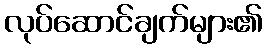
လုပ်ဆောင်ချက်များ၏